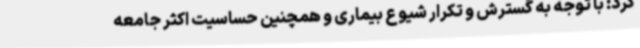
کرد: با توجه به گسترش و تکرار شیوع بیماری و همچنین حساسیت اکثر جامعه